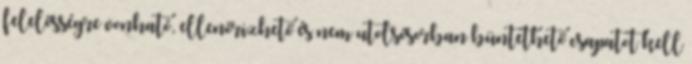
felelősségre vonható, ellenőrizhető és nem utolsósorban büntethető csapatot kell